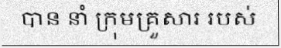
បាន នាំ ក្រុមគ្រួសារ របស់